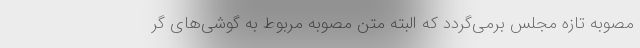
مصوبه تازه مجلس برمی‌گردد که البته متن مصوبه مربوط به گوشی‌های گر